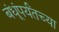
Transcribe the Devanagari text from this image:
बंधूंपर्यंतच्या